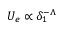
U _ { e } \propto \delta _ { 1 } ^ { - \Lambda }